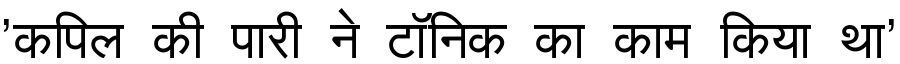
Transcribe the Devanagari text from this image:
'कपिल की पारी ने टॉनिक का काम किया था'